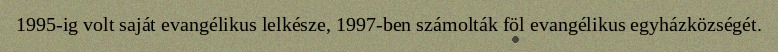
1995-ig volt saját evangélikus lelkésze, 1997-ben számolták föl evangélikus egyházközségét.